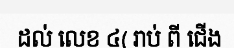
ដល់ លេខ ៤( រាប់ ពី ជើង